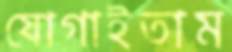
যোগাইতাম